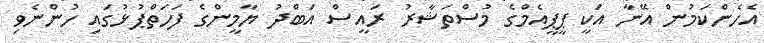
އެހެންކަމުން އޭނާ އަކީ ޕީޕީއެމްގެ މުސްތަޝާރު ރައީސް އަބްދު ޔާމީންގެ ފަހަތްޕުޅުގައި ހުންނެވި